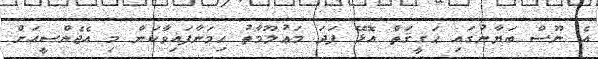
އެ ނޫސް ބަޔާނުގައި ޙަޤީޤަތް އޮޅޭ ފަދަ މަޢުލޫމާތު ހިމަނާފައިވާކަން މި އެޖެންސީއަށް